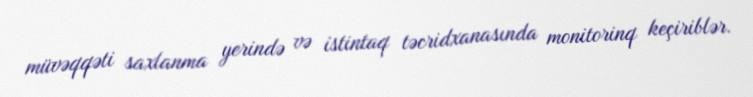
müvəqqəti saxlanma yerində və istintaq təcridxanasında monitorinq keçiriblər.